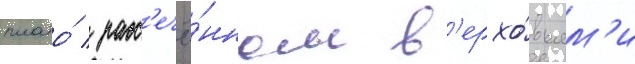
плато́ / расс'ечё́нном в'ерхо́вьям'и